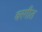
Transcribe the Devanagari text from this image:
वरगीत